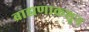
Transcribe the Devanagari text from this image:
ब्राह्मणाकशून